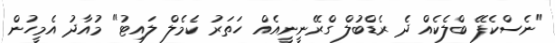
"ނެސްކެފޭ ބްލެކެއް ދެ ރެޑްބުލް ގްރޭނީނީއެއް ހަތަރު ކެމެލް ލައިޓު" މުއާދު އެމީހުން